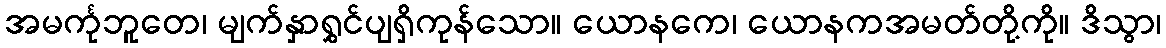
အမင်္ကုဘူတေ၊ မျက်နှာရွှင်ပျရှိကုန်သော။ ယောနကေ၊ ယောနကအမတ်တို့ကို။ ဒိသွာ၊